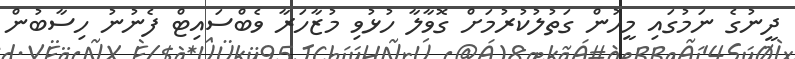
ދީނުގެ ނަމުގައި މީހުން ގަތުލުކުރުމަށް ގޮވާލާ ހުޅުވި މުޒާހަރާ ވެބްސައިޓް ފެނުނު ހިސާބުން